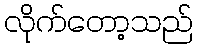
လိုက်တော့သည်